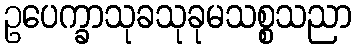
ဥပေက္ခာသုခသုခုမသစ္စသညာ